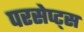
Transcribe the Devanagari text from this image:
परसेप्ट्स